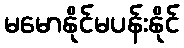
မမောနိုင်မပန်းနိုင်